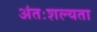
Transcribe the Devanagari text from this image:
अंतःशल्यता